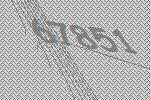
67851